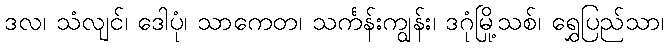
ဒလ၊ သံလျင်၊ ဒေါပုံ၊ သာကေတ၊ သင်္ကန်းကျွန်း၊ ဒဂုံမြို့သစ်၊ ရွှေပြည်သာ၊